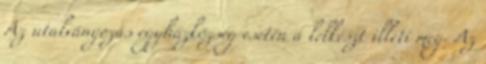
Az utalványozás egyházközség esetén a lelkészt illeti meg. Az